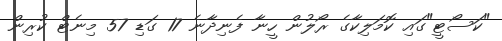
"ކަސޯޓީ"ގައި ކޮމަލިކާގެ ރޯލުން ހީނާ ފެނިދާނެ 17 ގަޑި 57 މިނެޓް ކުރިން